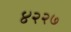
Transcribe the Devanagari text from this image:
४२२७